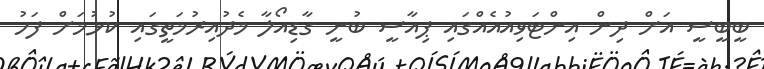
ބީބީސީ އަށް ދިން އިންޓަވިއުއެއްގައި ޕިއާސީ ބުނީ ގާޑިއޯލާ މެދުއިރުމަތީގައި ކުޅުމަށް ފަހު